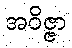
အဝိဇ္ဇာ